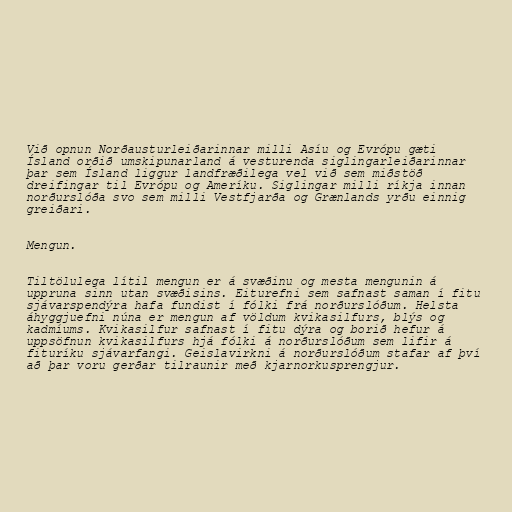
Við opnun Norðausturleiðarinnar milli Asíu og Evrópu gæti
Ísland orðið umskipunarland á vesturenda siglingarleiðarinnar
þar sem Ísland liggur landfræðilega vel við sem miðstöð
dreifingar til Evrópu og Ameríku. Siglingar milli ríkja innan
norðurslóða svo sem milli Vestfjarða og Grænlands yrðu einnig
greiðari.

Mengun.

Tiltölulega lítil mengun er á svæðinu og mesta mengunin á
uppruna sinn utan svæðisins. Eiturefni sem safnast saman í fitu
sjávarspendýra hafa fundist í fólki frá norðurslóðum. Helsta
áhyggjuefni núna er mengun af völdum kvikasilfurs, blýs og
kadmíums. Kvikasilfur safnast í fitu dýra og borið hefur á
uppsöfnun kvikasilfurs hjá fólki á norðurslóðum sem lifir á
fituríku sjávarfangi. Geislavirkni á norðurslóðum stafar af því
að þar voru gerðar tilraunir með kjarnorkusprengjur.